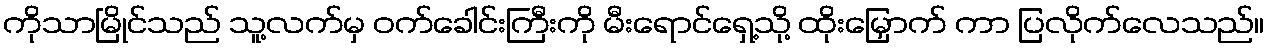
ကိုသာမြိုင်သည် သူ့လက်မှ ဝက်ခေါင်းကြီးကို မီးရောင်ရှေ့သို့ ထိုးမြှောက် ကာ ပြလိုက်လေသည်။